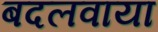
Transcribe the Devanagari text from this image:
बदलवाया